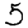
Digit: 5